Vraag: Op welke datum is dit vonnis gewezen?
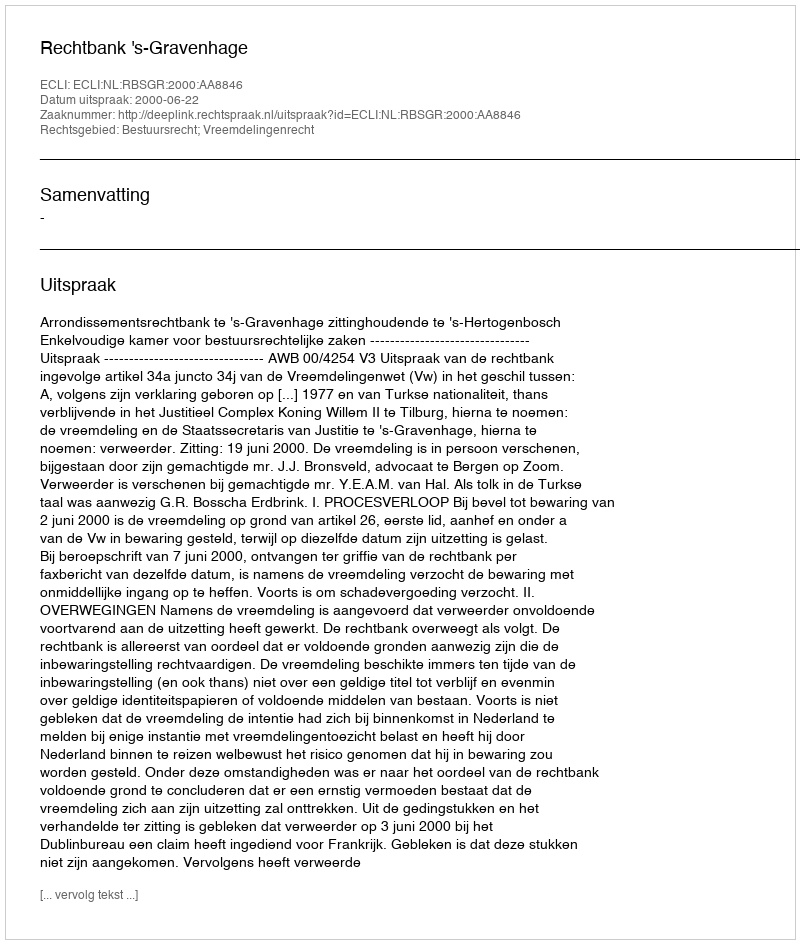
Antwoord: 2000-06-22